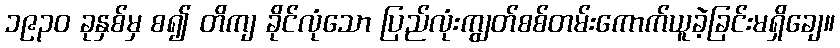
၁၉၃၀ ခုနှစ်မှ စ၍ တိကျ ခိုင်လုံသော ပြည်လုံးကျွတ်စစ်တမ်းကောက်ယူခဲ့ခြင်းမရှိချေ။